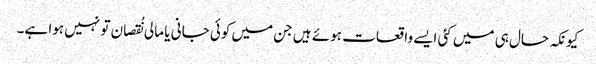
کیونکہ حال ہی میں کئی ایسے واقعات ہوئے ہیں جن میں کوئی جانی یا مالی نُقصان تو نہیں ہوا ہے۔